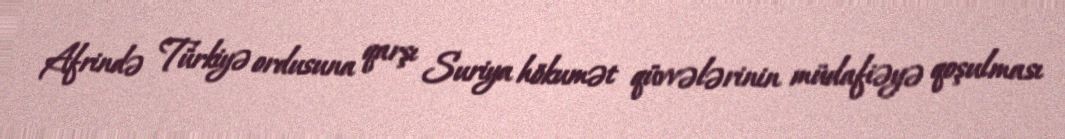
Afrində Türkiyə ordusuna qarşı Suriya hökumət qüvvələrinin müdafiəyə qoşulması